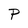
Character: P